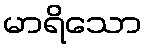
မာရိသော